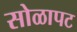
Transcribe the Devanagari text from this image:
सोळापट